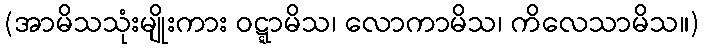
(အာမိသသုံးမျိုးကား ဝဋ္ဋာမိသ၊ လောကာမိသ၊ ကိလေသာမိသ။)